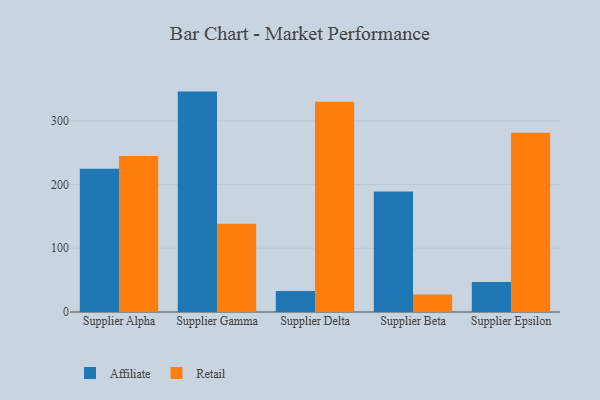
{"axis": {"x": "Supplier", "y": "Latency (ms)"}, "legend": ["Affiliate", "Retail"], "data": [{"x": "Supplier Alpha", "y": 224.7, "type": "Affiliate"}, {"x": "Supplier Alpha", "y": 244.7, "type": "Retail"}, {"x": "Supplier Gamma", "y": 345.8, "type": "Affiliate"}, {"x": "Supplier Gamma", "y": 138.5, "type": "Retail"}, {"x": "Supplier Delta", "y": 33.0, "type": "Affiliate"}, {"x": "Supplier Delta", "y": 329.7, "type": "Retail"}, {"x": "Supplier Beta", "y": 189.2, "type": "Affiliate"}, {"x": "Supplier Beta", "y": 27.6, "type": "Retail"}, {"x": "Supplier Epsilon", "y": 46.9, "type": "Affiliate"}, {"x": "Supplier Epsilon", "y": 281.1, "type": "Retail"}]}